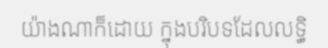
យ៉ាងណាក៏ដោយ ក្នុងបរិបទដែលលទ្ធិ